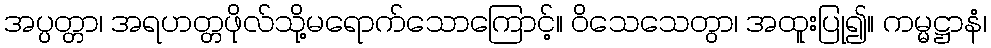
အပ္ပတ္တာ၊ အရဟတ္တဖိုလ်သို့မရောက်သောကြောင့်။ ဝိသေသေတွာ၊ အထူးပြု၍။ ကမ္မဋ္ဌာနံ၊